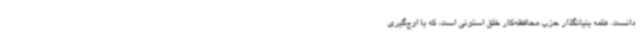
دانست. هلمه بنیانگذار حزب محافظه‌کار خلق استونی است، که با اوج‌گیری